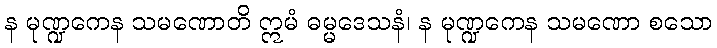
န မုဏ္ဍကေန သမဏောတိ ဣမံ ဓမ္မဒေသနံ၊ န မုဏ္ဍကေန သမဏော စသော